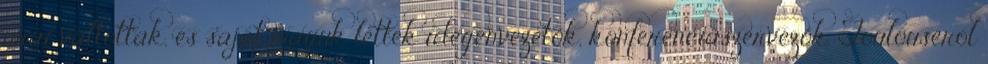
urai váltottak, és saját maguk lettek idegenvezetők, konferenciaszervezők. Toulouseról